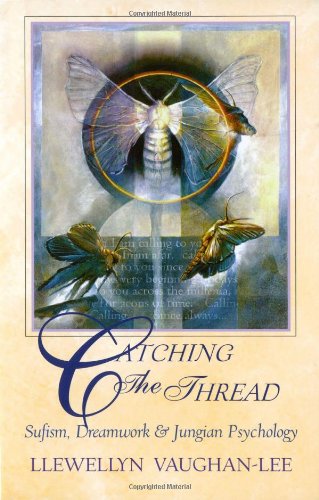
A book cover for Catching the Thread: Sufism, Dreamwork, and Jungian Psychology; Llewellyn Vaughan-Lee; Religion & Spirituality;